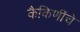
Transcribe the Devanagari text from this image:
कैकिणींचे